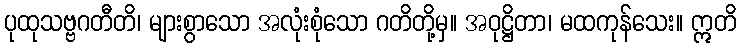
ပုထုသဗ္ဗဂတီတိ၊ များစွာသော အလုံးစုံသော ဂတိတို့မှ။ အဝုဋ္ဌိတာ၊ မထကုန်သေး။ ဣတိ